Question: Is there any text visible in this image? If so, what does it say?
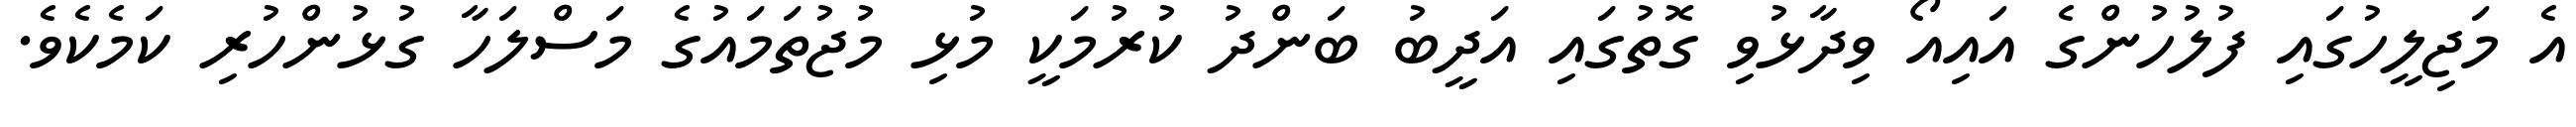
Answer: އެ މަޖިލީހުގައި ފުލުހުންގެ އައިއޯ ވިދާޅުވި ގޮތުގައި އަދީބު ބަންދު ކުރުމަކީ މުޅި މުޖުތަމައުގެ މަސްލަހާ ގުޅުންހުރި ކަމެކެވެ.